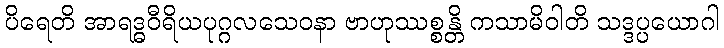
ပိရေတိ အာရဒ္ဓဝီရိယပုဂ္ဂလသေဝနာ ဗာဟုဿစ္စန္တိ ကသာမိဝါတိ သဒ္ဒပ္ပယောဂါ